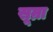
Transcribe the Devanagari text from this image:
सूम्रा